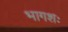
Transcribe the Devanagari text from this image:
भागशः